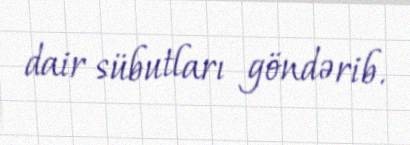
dair sübutları göndərib.